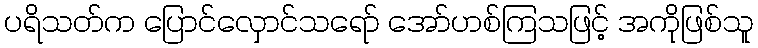
ပရိသတ်က ပြောင်လှောင်သရော် အော်ဟစ်ကြသဖြင့် အကိုဖြစ်သူ